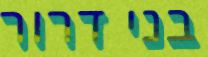
בני דרור